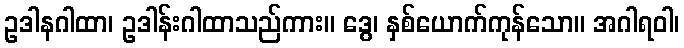
ဥဒါနဂါထာ၊ ဥဒါန်းဂါထာသည်ကား။ ဒွေ၊ နှစ်ယောက်ကုန်သော။ အဂါရဝါ၊